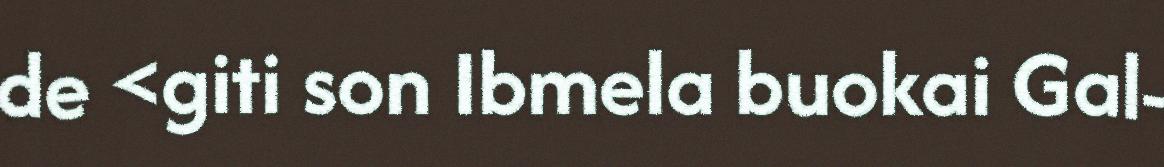
de <giti son Ibmela buokai Gal-